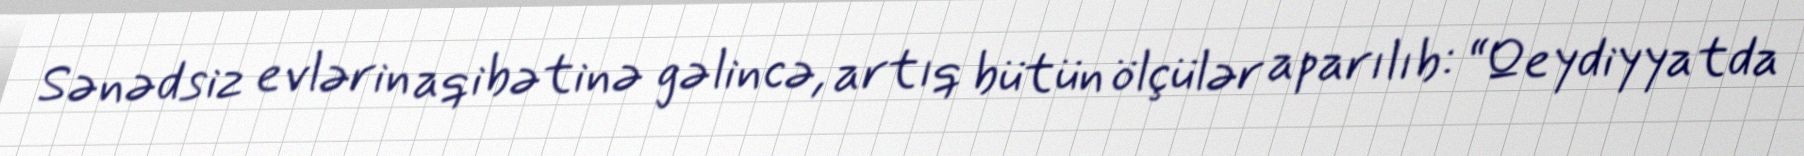
Sənədsiz evlərin aqibətinə gəlincə, artıq bütün ölçülər aparılıb: “Qeydiyyatda